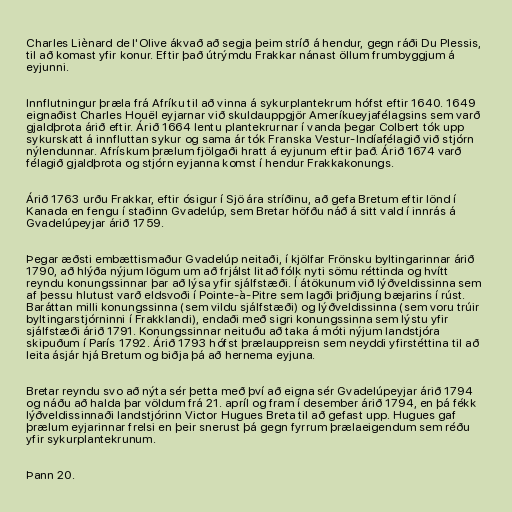
Charles Liènard de l'Olive ákvað að segja þeim stríð á hendur, gegn ráði Du Plessis,
til að komast yfir konur. Eftir það útrýmdu Frakkar nánast öllum frumbyggjum á
eyjunni.

Innflutningur þræla frá Afríku til að vinna á sykurplantekrum hófst eftir 1640. 1649
eignaðist Charles Houël eyjarnar við skuldauppgjör Ameríkueyjafélagsins sem varð
gjaldþrota árið eftir. Árið 1664 lentu plantekrurnar í vanda þegar Colbert tók upp
sykurskatt á innfluttan sykur og sama ár tók Franska Vestur-Indíafélagið við stjórn
nýlendunnar. Afrískum þrælum fjölgaði hratt á eyjunum eftir það. Árið 1674 varð
félagið gjaldþrota og stjórn eyjanna komst í hendur Frakkakonungs.

Árið 1763 urðu Frakkar, eftir ósigur í Sjö ára stríðinu, að gefa Bretum eftir lönd í
Kanada en fengu í staðinn Gvadelúp, sem Bretar höfðu náð á sitt vald í innrás á
Gvadelúpeyjar árið 1759.

Þegar æðsti embættismaður Gvadelúp neitaði, í kjölfar Frönsku byltingarinnar árið
1790, að hlýða nýjum lögum um að frjálst litað fólk nyti sömu réttinda og hvítt
reyndu konungssinnar þar að lýsa yfir sjálfstæði. Í átökunum við lýðveldissinna sem
af þessu hlutust varð eldsvoði í Pointe-à-Pitre sem lagði þriðjung bæjarins í rúst.
Baráttan milli konungssinna (sem vildu sjálfstæði) og lýðveldissinna (sem voru trúir
byltingarstjórninni í Frakklandi), endaði með sigri konungssinna sem lýstu yfir
sjálfstæði árið 1791. Konungssinnar neituðu að taka á móti nýjum landstjóra
skipuðum í París 1792. Árið 1793 hófst þrælauppreisn sem neyddi yfirstéttina til að
leita ásjár hjá Bretum og biðja þá að hernema eyjuna.

Bretar reyndu svo að nýta sér þetta með því að eigna sér Gvadelúpeyjar árið 1794
og náðu að halda þar völdum frá 21. apríl og fram í desember árið 1794, en þá fékk
lýðveldissinnaði landstjórinn Victor Hugues Breta til að gefast upp. Hugues gaf
þrælum eyjarinnar frelsi en þeir snerust þá gegn fyrrum þrælaeigendum sem réðu
yfir sykurplantekrunum.

Þann 20.